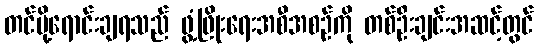
တင်ပို့ရောင်းချရသည် ဖွံ့ဖြိုးရေးအစီအစဉ်ကို တစ်ဦးချင်းအဆင့်တွင်